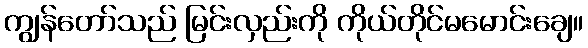
ကျွန်တော်သည် မြင်းလှည်းကို ကိုယ်တိုင်မမောင်းချေ။